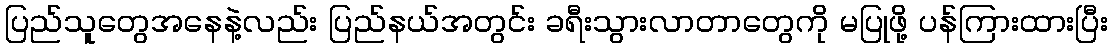
ပြည်သူတွေအနေနဲ့လည်း ပြည်နယ်အတွင်း ခရီးသွားလာတာတွေကို မပြုဖို့ ပန်ကြားထားပြီး